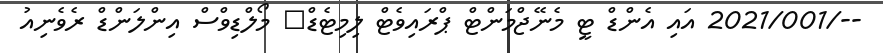
--/2021/001 އައި އެންޑް ޓީ މެނޭޖްމަންޓް ޕްރައިވެޓް ލިމިޓެޑް	 މޯލްޑިވްސް އިންލަންޑް ރެވެނިއު